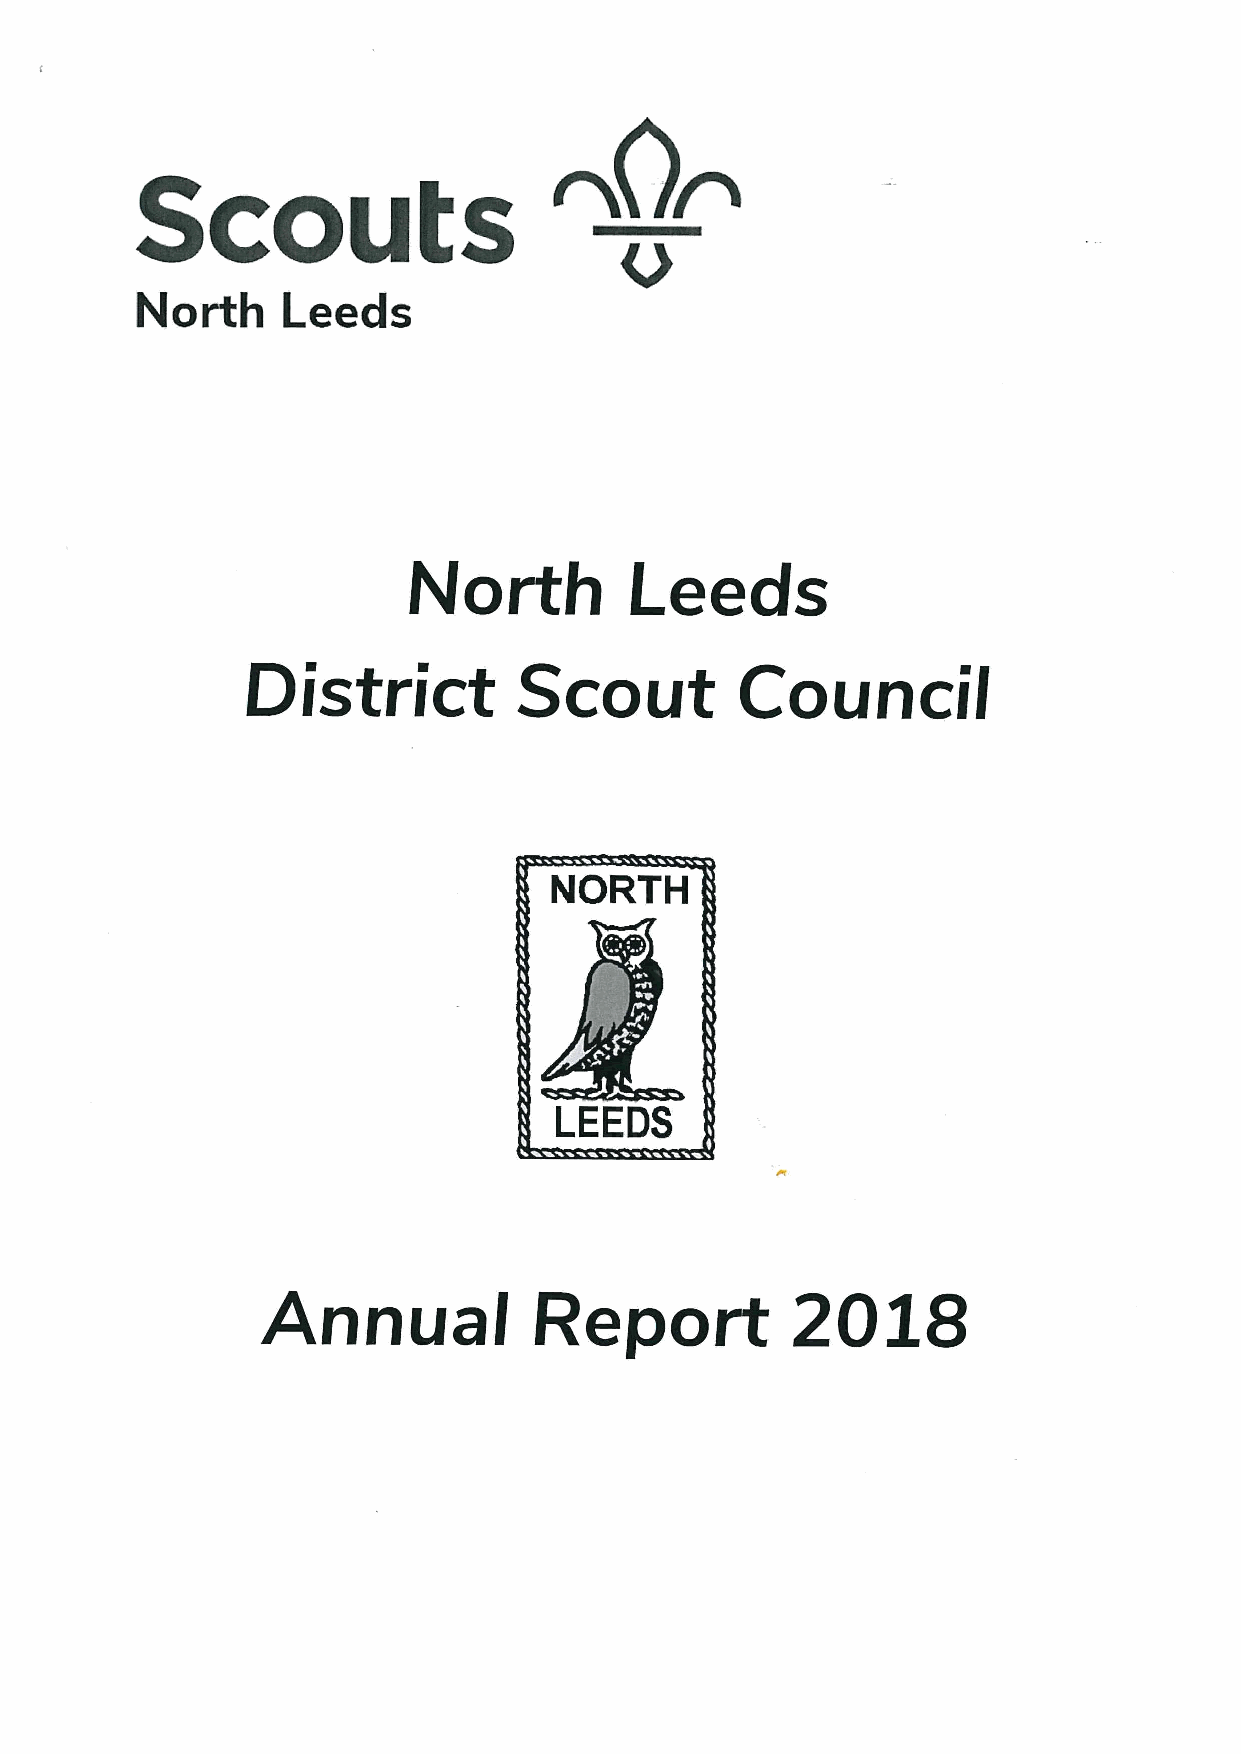
North     Leeds
 North          Leeds
 District          Scout          Council
 NORTH
 LEEDS
 2018
 Annual            Report